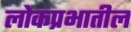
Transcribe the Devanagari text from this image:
लोकप्रभातील